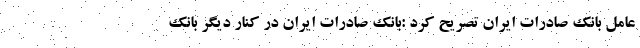
عامل بانک صادرات ایران تصریح کرد :بانک صادرات ایران در کنار دیگر بانک